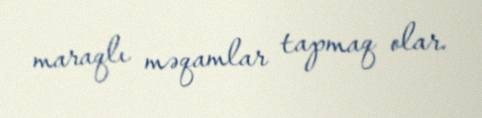
maraqlı məqamlar tapmaq olar.